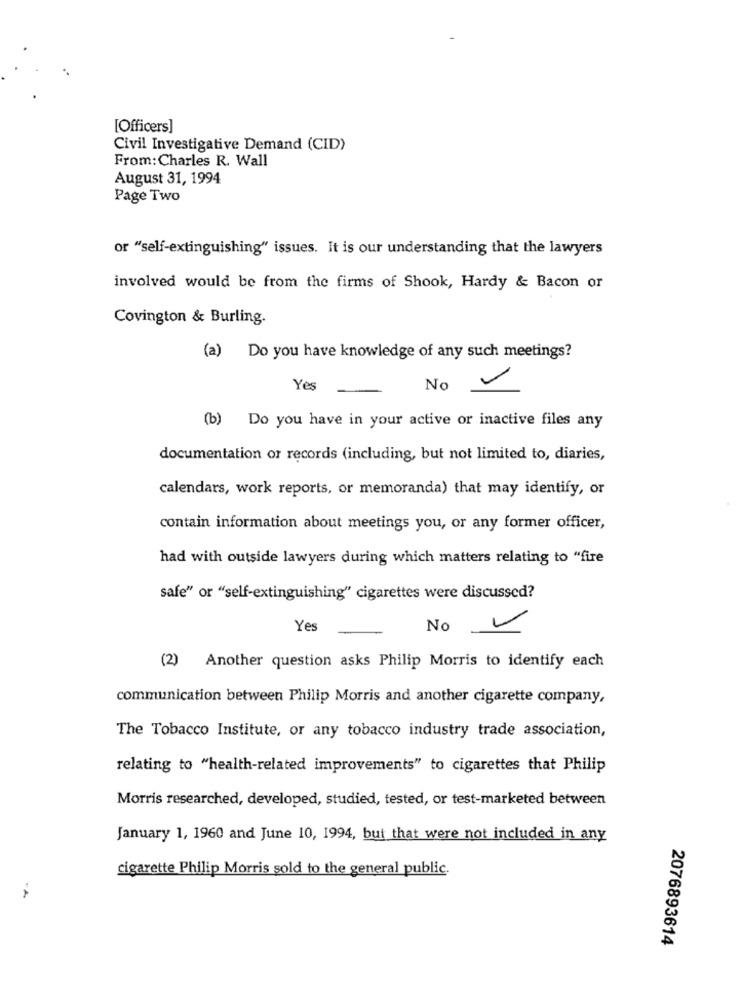
[Officers]
Civil Investigative Demand (CID)
From: Charles R. Wall
August 31, 1994
Page Two
or "self-extinguishing" issues. It is our understanding that the lawyers
involved would be from the firms of Shook, Hardy & Bacon or
Covington & Burling.
(a) Do you have knowledge of any such meetings?
Yes
No
(b) Do you have in your active or inactive files any
documentation or records (including, but not limited to, diaries,
calendars, work reports, or memoranda) that may identify, or
contain information about meetings you, or any former officer,
had with outside lawyers during which matters relating to "fire
safe" or "self-extinguishing" cigarettes were discussed?
Yes
No
(2) Another question asks Philip Morris to identify each
communication between Philip Morris and another cigarette company,
The Tobacco Institute, or any tobacco industry trade association,
relating to "health-related improvements" to cigarettes that Philip
Morris researched, developed, studied, tested, or test-marketed between
January 1, 1960 and June 10, 1994, but that were not included in any
cigarette Philip Morris sold to the general public.
2076893614